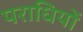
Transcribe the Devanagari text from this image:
पराधियों